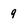
Character: q